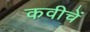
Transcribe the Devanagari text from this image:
कवीचें